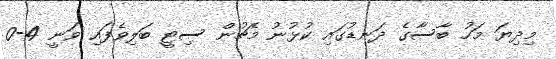
މިދިޔަ މަހު ބާސާގެ ދަނޑުގައި ކުޅުނު މެޗުން ސިޓީ ބަލިވެފައި ވަނީ 4-0